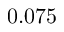
0 . 0 7 5